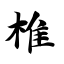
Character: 椎